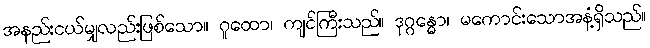
အနည်းငယ်မျှလည်းဖြစ်သော။ ဂူထော၊ ကျင်ကြီးသည်။ ဒုဂ္ဂန္ဓော၊ မကောင်းသောအနံ့ရှိသည်။